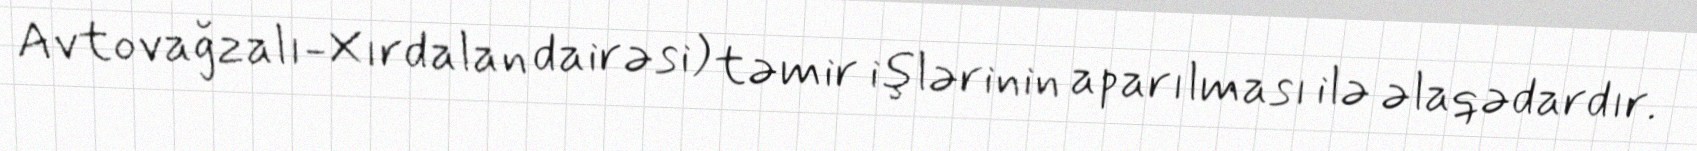
Avtovağzalı-Xırdalan dairəsi) təmir işlərinin aparılması ilə əlaqədardır.